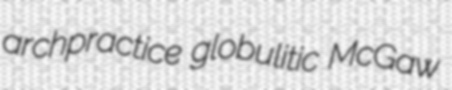
archpractice globulitic McGaw